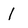
Character: l